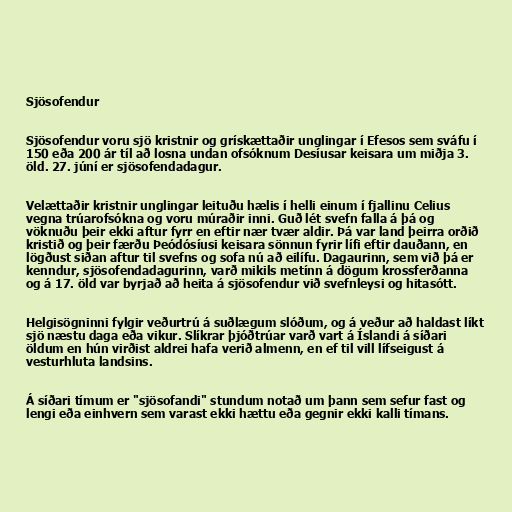
Sjösofendur

Sjösofendur voru sjö kristnir og grískættaðir unglingar í Efesos sem sváfu í
150 eða 200 ár tíl að losna undan ofsóknum Desíusar keisara um miðja 3.
öld. 27. júní er sjösofendadagur.

Velættaðir kristnir unglingar leituðu hælis í helli einum í fjallinu Celius
vegna trúarofsókna og voru múraðir inni. Guð lét svefn falla á þá og
vöknuðu þeir ekki aftur fyrr en eftir nær tvær aldir. Þá var land þeirra orðið
kristið og þeir færðu Þeódósíusi keisara sönnun fyrir lífi eftir dauðann, en
lögðust siðan aftur til svefns og sofa nú að eilífu. Dagaurinn, sem við þá er
kenndur, sjösofendadagurinn, varð mikils metínn á dögum krossferðanna
og á 17. öld var byrjað að heita á sjösofendur við svefnleysi og hitasótt.

Helgisögninni fylgir veðurtrú á suðlægum slóðum, og á veður að haldast líkt
sjö næstu daga eða vikur. Slíkrar þjóðtrúar varð vart á Íslandi á síðari
öldum en hún virðist aldrei hafa verið almenn, en ef til vill lífseigust á
vesturhluta landsins.

Á síðari tímum er "sjösofandi" stundum notað um þann sem sefur fast og
lengi eða einhvern sem varast ekki hættu eða gegnir ekki kalli tímans.